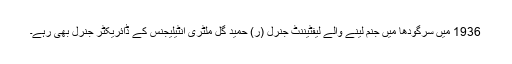
1936 میں سرگودھا میں جنم لینے والے لیفٹیننٹ جنرل (ر) حمید گل ملٹری انٹیلیجنس کے ڈائریکٹر جنرل بھی رہے۔